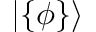
| \{ \phi \} \rangle